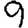
Digit: 9